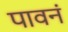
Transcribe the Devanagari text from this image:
पावनं